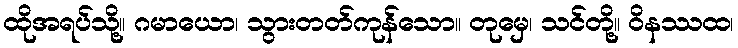
ထိုအရပ်သို့။ ဂမာယော၊ သွားတတ်ကုန်သော။ တုမှေ၊ သင်တို့။ ဝိနဿထ၊